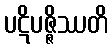
ပဋိပဇ္ဇိဿတိ